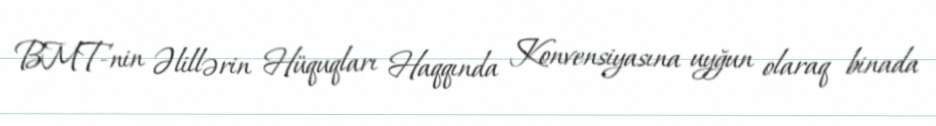
BMT-nin Əlillərin Hüquqları Haqqında Konvensiyasına uyğun olaraq binada